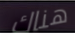
هناك